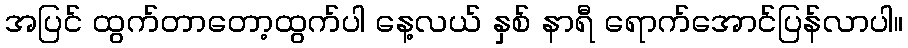
အပြင် ထွက်တာတော့ထွက်ပါ နေ့လယ် နှစ် နာရီ ရောက်အောင်ပြန်လာပါ။